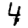
Digit: 4